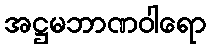
အဋ္ဌမဘာဏဝါရော